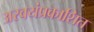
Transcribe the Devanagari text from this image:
अस्वयंप्रकाशित